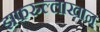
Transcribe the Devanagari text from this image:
झफरुल्लाखान